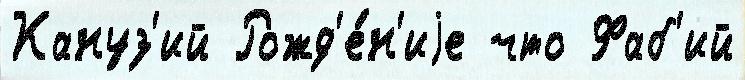
Кануз'ий Рожд'е́н'иjе что Фаб'ий